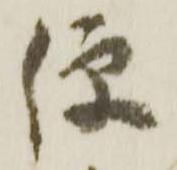
便